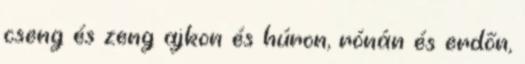
cseng és zeng ajkon és húron, rónán és erdőn,